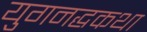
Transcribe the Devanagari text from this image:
युगनद्धकथा